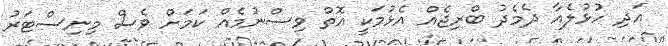
އަދި ހުޅުލެއާ ދެމެދު ބްރިޖެއް އެޅުމަކީ އޮތް ވިސްނުމެއް ކަމަށް ވެސް މިނިސްޓަރު